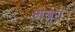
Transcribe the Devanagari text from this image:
शत्रुघ्न।